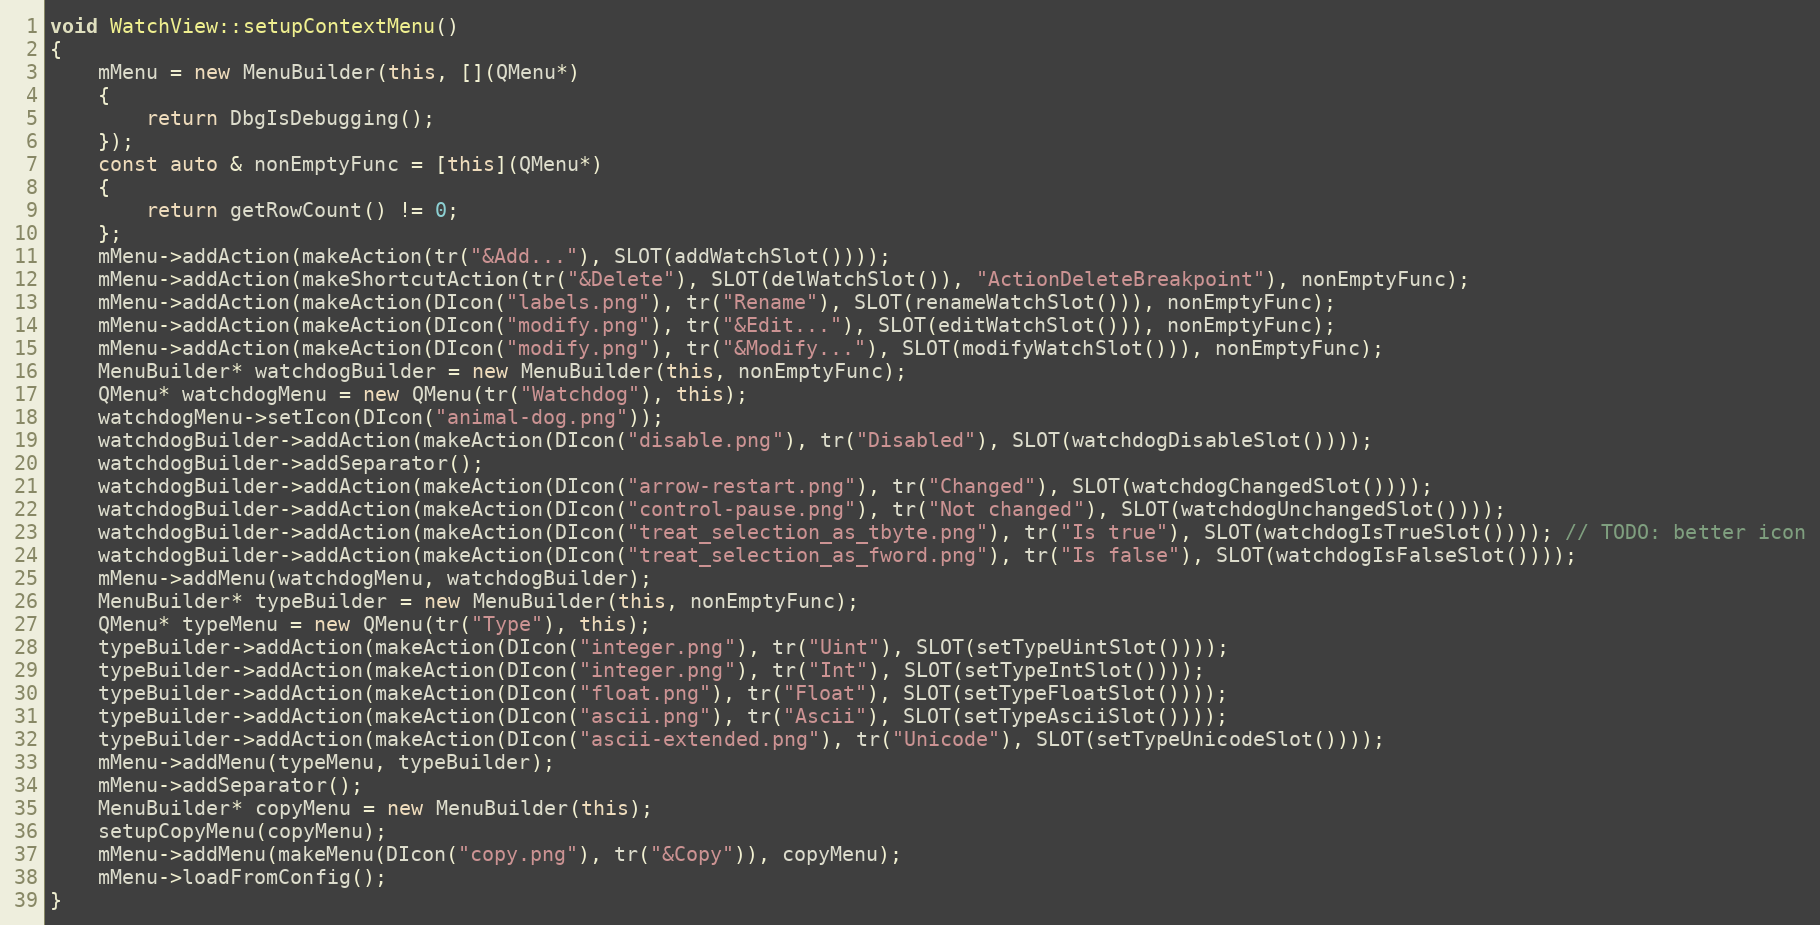
Language: C++
void WatchView::setupContextMenu()
{
    mMenu = new MenuBuilder(this, [](QMenu*)
    {
        return DbgIsDebugging();
    });
    const auto & nonEmptyFunc = [this](QMenu*)
    {
        return getRowCount() != 0;
    };
    mMenu->addAction(makeAction(tr("&Add..."), SLOT(addWatchSlot())));
    mMenu->addAction(makeShortcutAction(tr("&Delete"), SLOT(delWatchSlot()), "ActionDeleteBreakpoint"), nonEmptyFunc);
    mMenu->addAction(makeAction(DIcon("labels.png"), tr("Rename"), SLOT(renameWatchSlot())), nonEmptyFunc);
    mMenu->addAction(makeAction(DIcon("modify.png"), tr("&Edit..."), SLOT(editWatchSlot())), nonEmptyFunc);
    mMenu->addAction(makeAction(DIcon("modify.png"), tr("&Modify..."), SLOT(modifyWatchSlot())), nonEmptyFunc);
    MenuBuilder* watchdogBuilder = new MenuBuilder(this, nonEmptyFunc);
    QMenu* watchdogMenu = new QMenu(tr("Watchdog"), this);
    watchdogMenu->setIcon(DIcon("animal-dog.png"));
    watchdogBuilder->addAction(makeAction(DIcon("disable.png"), tr("Disabled"), SLOT(watchdogDisableSlot())));
    watchdogBuilder->addSeparator();
    watchdogBuilder->addAction(makeAction(DIcon("arrow-restart.png"), tr("Changed"), SLOT(watchdogChangedSlot())));
    watchdogBuilder->addAction(makeAction(DIcon("control-pause.png"), tr("Not changed"), SLOT(watchdogUnchangedSlot())));
    watchdogBuilder->addAction(makeAction(DIcon("treat_selection_as_tbyte.png"), tr("Is true"), SLOT(watchdogIsTrueSlot()))); // TODO: better icon
    watchdogBuilder->addAction(makeAction(DIcon("treat_selection_as_fword.png"), tr("Is false"), SLOT(watchdogIsFalseSlot())));
    mMenu->addMenu(watchdogMenu, watchdogBuilder);
    MenuBuilder* typeBuilder = new MenuBuilder(this, nonEmptyFunc);
    QMenu* typeMenu = new QMenu(tr("Type"), this);
    typeBuilder->addAction(makeAction(DIcon("integer.png"), tr("Uint"), SLOT(setTypeUintSlot())));
    typeBuilder->addAction(makeAction(DIcon("integer.png"), tr("Int"), SLOT(setTypeIntSlot())));
    typeBuilder->addAction(makeAction(DIcon("float.png"), tr("Float"), SLOT(setTypeFloatSlot())));
    typeBuilder->addAction(makeAction(DIcon("ascii.png"), tr("Ascii"), SLOT(setTypeAsciiSlot())));
    typeBuilder->addAction(makeAction(DIcon("ascii-extended.png"), tr("Unicode"), SLOT(setTypeUnicodeSlot())));
    mMenu->addMenu(typeMenu, typeBuilder);
    mMenu->addSeparator();
    MenuBuilder* copyMenu = new MenuBuilder(this);
    setupCopyMenu(copyMenu);
    mMenu->addMenu(makeMenu(DIcon("copy.png"), tr("&Copy")), copyMenu);
    mMenu->loadFromConfig();
}